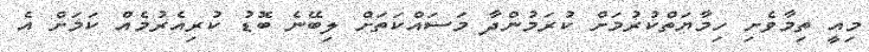
މިއީ ތިމާވެށި ހިމާޔަތްކުރުމަށް ކުރަމުންދާ މަސައްކަތަށް ލިބޭނެ ބޮޑު ކުރިއެރުމެއް ކަމަށް އެ